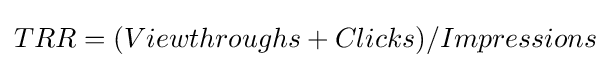
TRR=(Viewthroughs+Clicks)/Impressions